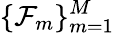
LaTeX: \{ \mathcal{F}_{m}\} _{m=1}^{M}